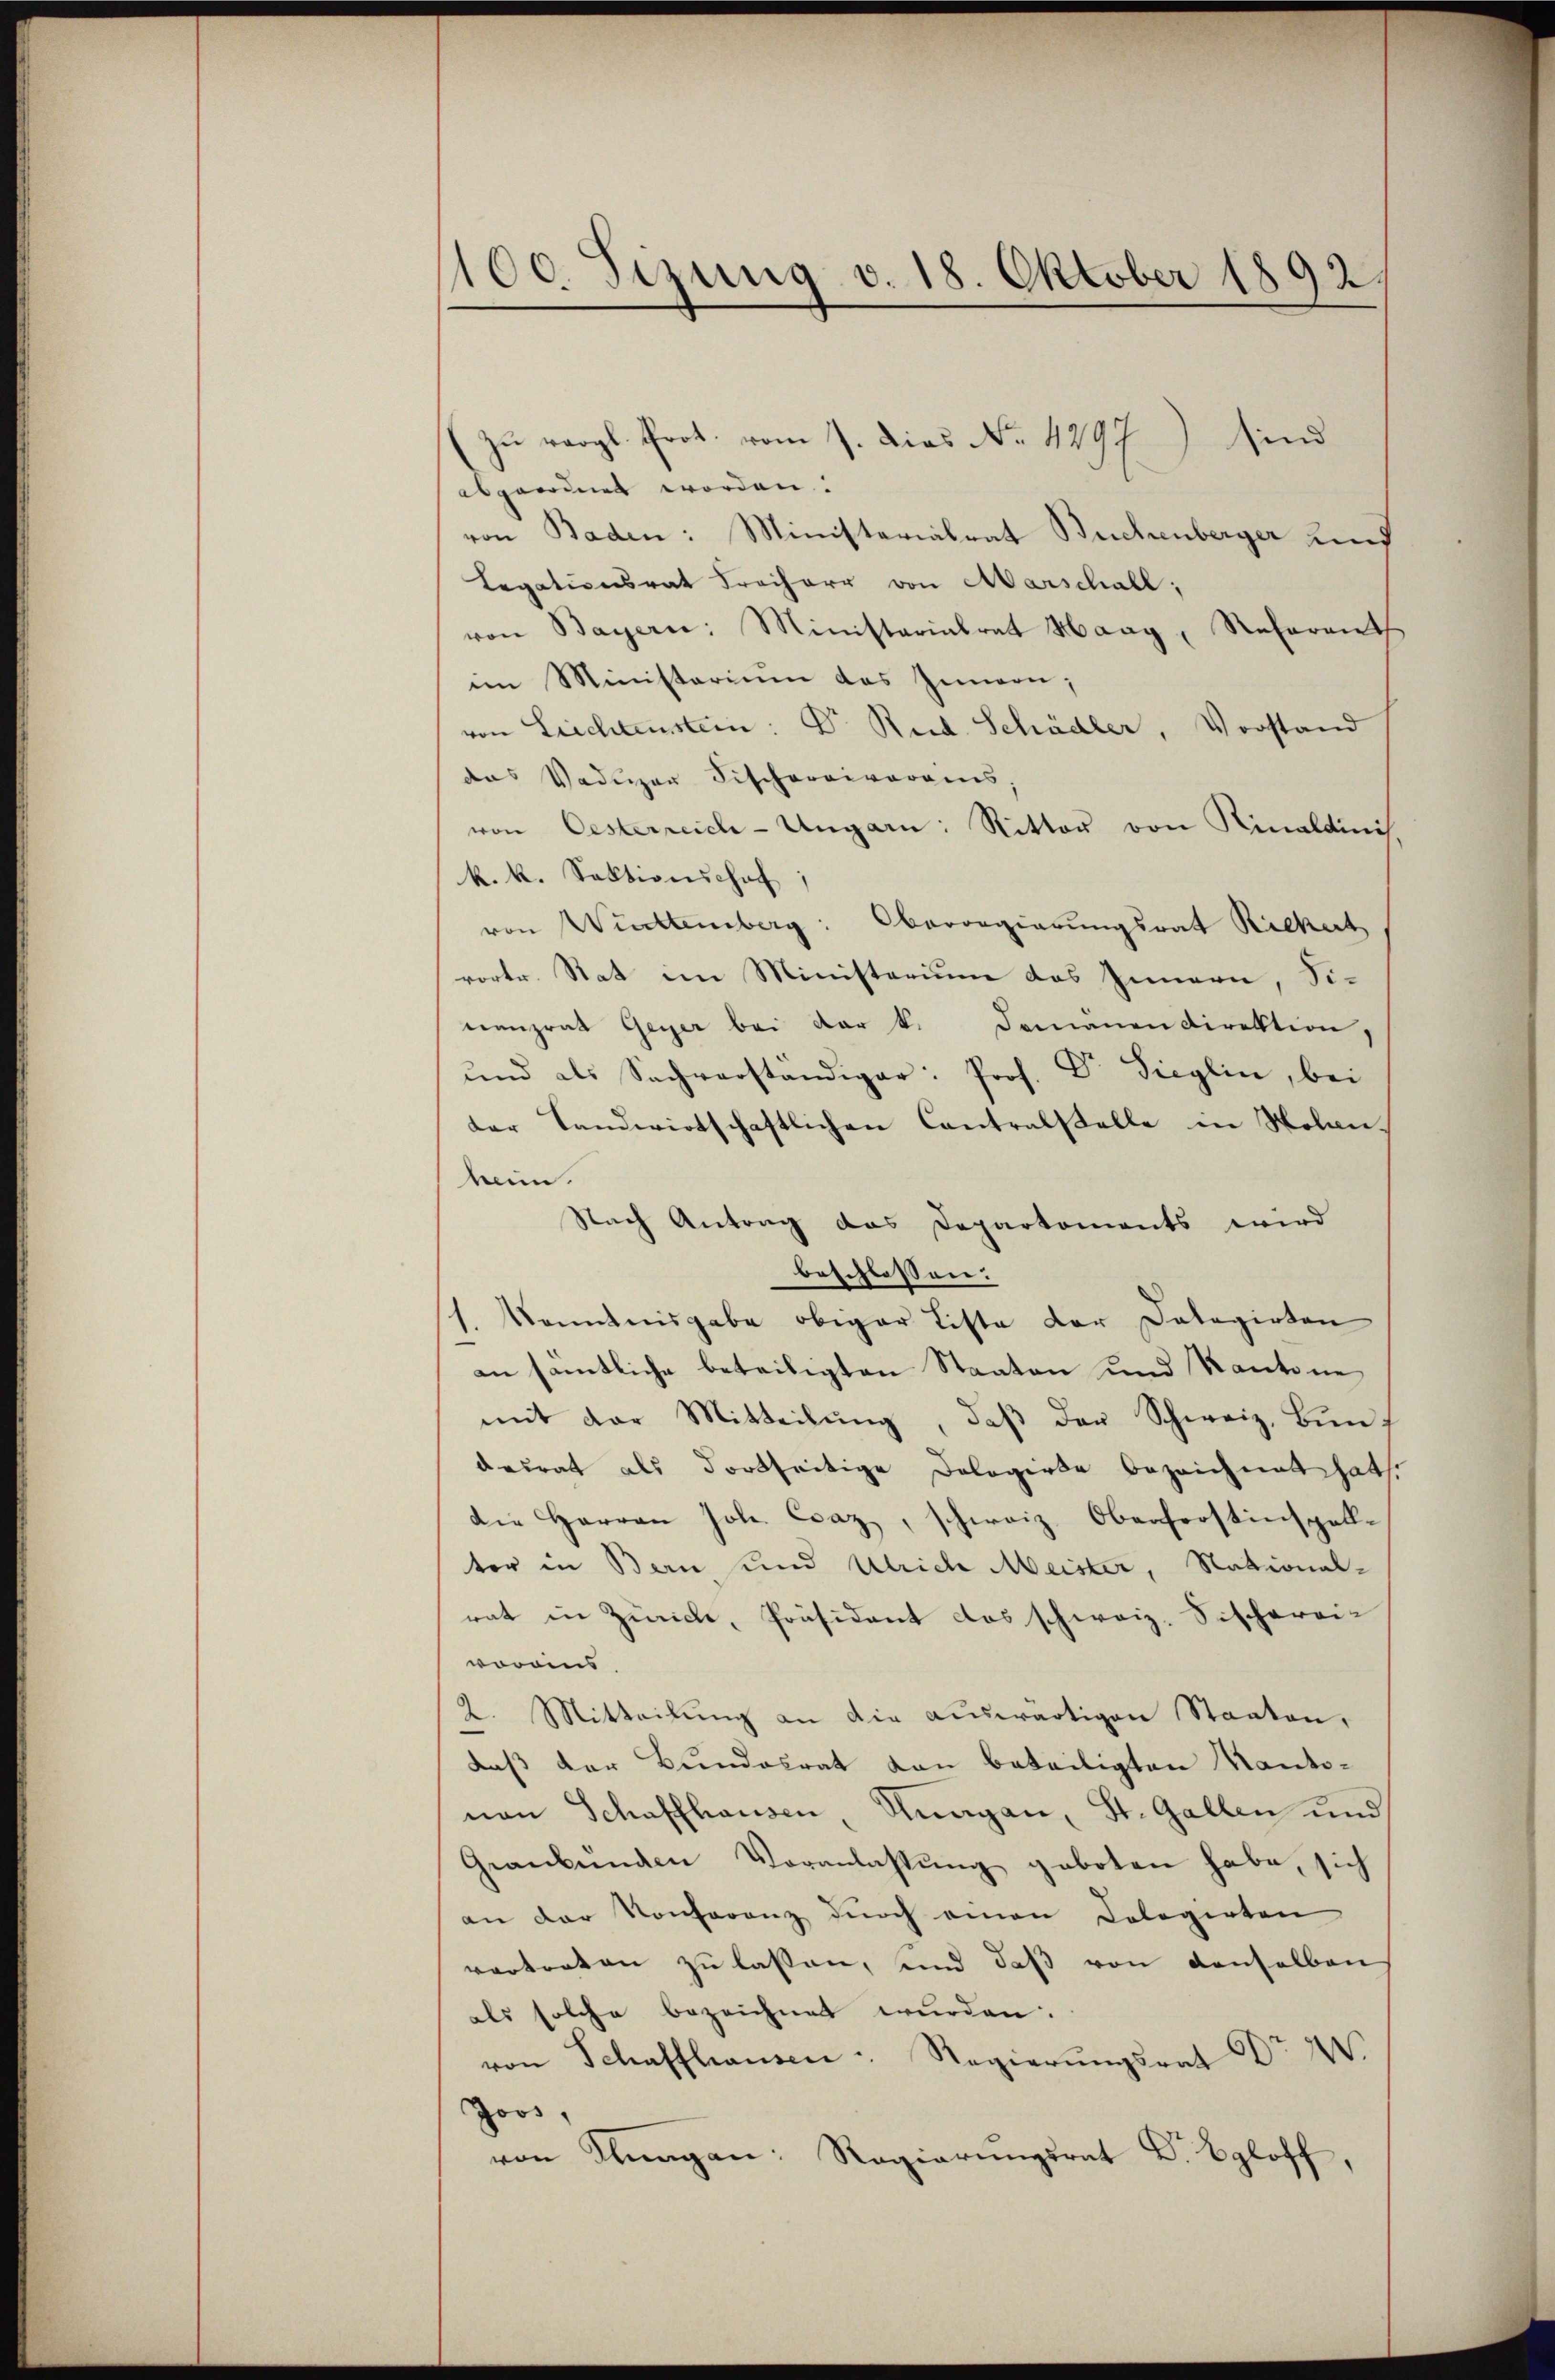
100. Sizung v. 18. Oktober 1892/

Zu vergl. Prot. vom 7. Dies No. 4297) sind
abgeordnet worden.
von Baden: Ministerialrat Buchenberger und
Legationsrat Freiherr von Marschall;
von Bayern: Ministerialrat Haag, Referant
im Ministerium das Innern;
von Liechtenstein: Dr. Rud. Schädler, Vorstand
das Vadŭger Fischereivoraus,
von Oesterreich-Ungarn: Ritter von Kinaldinis
k. k. Sektionschaf
von Wittemberg: Oberregierungsrat Rickert
vortr. Rat im Ministerium das Innern, Sinanzrat Geger bei der k. Domanendirektion,
ŭnd als Sachverständiger: Prof. Dr. Sieglin, bei
der Landwirtschaftlichen Contralstelle in Nolen.
heim.
Nach Antrag das Departements wird
beschlossen:
1. Kenntnisgabe obiger Liste der Dalagirten
an sämtliche beteiligten Staaten und Kantone,
mit der Mitteilŭng, daβ der Schweiz. Bundesrat als dortseitige Dologirte bezeichnet hat.
die Herren Joh. Csaz, schweiz. Oberforstinspellter in Bern und Ulrich Meister, National-
rat in Zürich, Präsident das schweiz. Fischerei-
woroins.
2. Mitteilung an die auswärtigen Staaten,
daß der Bundesrat von beteiligten Kantonan Schaffhausen, Nuagan, St. Gallen und
Geanbŭnden Veranlassŭng geboten habe, sich
an der Konferenz durch einen Cologirten
vertreten zu lassen, und daß von denselben
als solche bezeichnet wurden.
von Schaffhausen - Regierŭngsrat Dr. 20.
Joos,
von Klagen: Regierŭngsrat D. Egloff